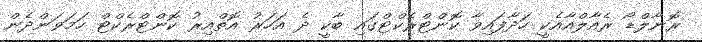
ރޮނާލްޑޯ ރެއާލްއާއެކީ ހަދާފައިވާ ކޮންޓްރެކްޓްގައި ބާކީ ދެ އަހަރު އޮތްއިރު ކޮންޓްރެކްޓް ހަމަވަންދެން